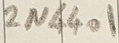
Text: 2N4401